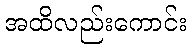
အထိလည်းကောင်း